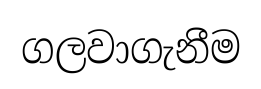
ගලවාගැනීම